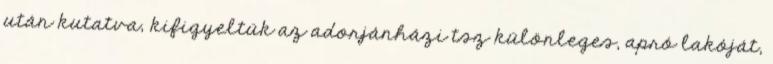
után kutatva, kifigyeltük az adorjánházi tsz különleges, apró lakóját,